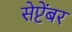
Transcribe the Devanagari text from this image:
सेप्टेंबर